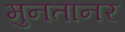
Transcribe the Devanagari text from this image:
मुनतानर